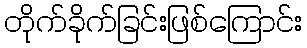
တိုက်ခိုက်ခြင်းဖြစ်ကြောင်း